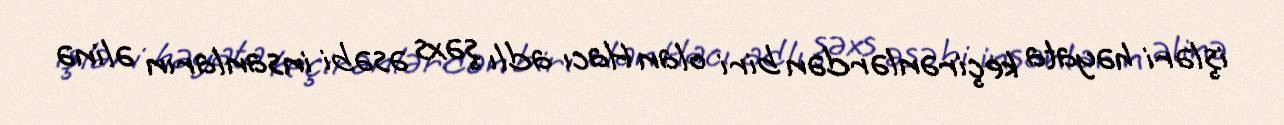
işləri həyata keçirənlərdən biri olan Hacı adlı şəxs əsəbi insanların əlinə